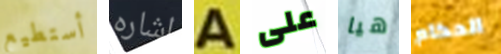
أستطيع اشاره A على هيا الحكام